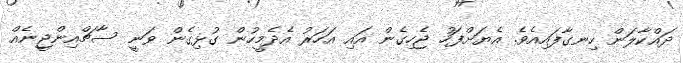
ދައްކާލަން ހިނގާފައިއެވެ. އެޔަށްފަހު ޖެހިގެން އައި އަހަރު އެދެމީހުން ގުޅިގެން ވަނީ ސާޗްއިންޖީނެއް